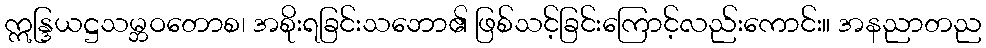
ဣန္ဒြယဋ္ဌသမ္ဘဝတောစ၊ အစိုးရခြင်းသဘော၏ ဖြစ်သင့်ခြင်းကြောင့်လည်းကောင်း။ အနညာတည